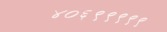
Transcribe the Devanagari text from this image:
४०६९९९९९